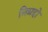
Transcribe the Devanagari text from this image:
निग्रहो